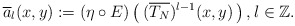
\begin{align*} \overline{a}_{l}(x, y) := (\eta \circ E)\left(\,(\overline{T_N})^{l-1} (x, y) \,\right),l \in \mathbb{Z}.\end{align*}